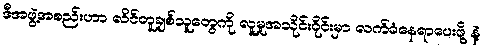
ဒီအဖွဲ့အစည်းဟာ လိင်တူချစ်သူတွေကို လူမှုအသိုင်းဝိုင်းမှာ လက်ခံနေရာပေးဖို့ နဲ့